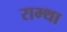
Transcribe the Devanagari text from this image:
राम्था